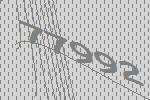
77992